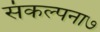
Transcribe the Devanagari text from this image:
संकल्पना७